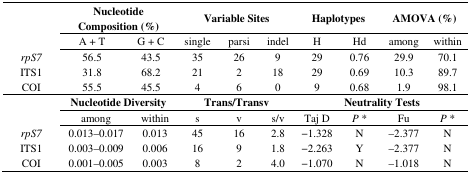
<table><thead><tr><td></td><td colspan="2"><b>Nucleotide Composition (%)</b></td><td colspan="3"><b>Variable Sites</b></td><td colspan="2"><b>Haplotypes</b></td><td colspan="2"><b>AMOVA (%)</b></td></tr><tr><td></td><td><b>A + T</b></td><td><b>G + C</b></td><td><b>single</b></td><td><b>parsi</b></td><td><b>indel</b></td><td><b>H</b></td><td><b>Hd</b></td><td><b>among</b></td><td><b>within</b></td></tr></thead><tbody><tr><td><i>rpS7</i></td><td>56.5</td><td>43.5</td><td>35</td><td>26</td><td>9</td><td>29</td><td>0.76</td><td>29.9</td><td>70.1</td></tr><tr><td>ITS1</td><td>31.8</td><td>68.2</td><td>21</td><td>2</td><td>18</td><td>29</td><td>0.69</td><td>10.3</td><td>89.7</td></tr><tr><td>COI</td><td>55.5</td><td>45.5</td><td>4</td><td>6</td><td>0</td><td>9</td><td>0.68</td><td>1.9</td><td>98.1</td></tr><tr><td></td><td colspan="2"><b>Nucleotide Diversity</b></td><td colspan="3"><b>Trans/Transv</b></td><td colspan="4"><b>Neutrality Tests</b></td></tr><tr><td></td><td>among</td><td>within</td><td>s</td><td>v</td><td>s/v</td><td>Taj D</td><td><i>P</i><sup>*</sup></td><td>Fu</td><td><i>P</i><sup>*</sup></td></tr><tr><td><i>rpS7</i></td><td>0.013–0.017</td><td>0.013</td><td>45</td><td>16</td><td>2.8</td><td>−1.328</td><td>N</td><td>−2.377</td><td>N</td></tr><tr><td>ITS1</td><td>0.003–0.009</td><td>0.006</td><td>16</td><td>9</td><td>1.8</td><td>−2.263</td><td>Y</td><td>−2.377</td><td>N</td></tr><tr><td>COI</td><td>0.001–0.005</td><td>0.003</td><td>8</td><td>2</td><td>4.0</td><td>−1.070</td><td>N</td><td>−1.018</td><td>N</td></tr></tbody></table>